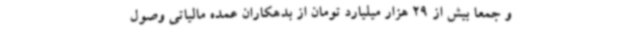
و جمعا بیش از 29 هزار میلیارد تومان از بدهکاران عمده مالیاتی وصول